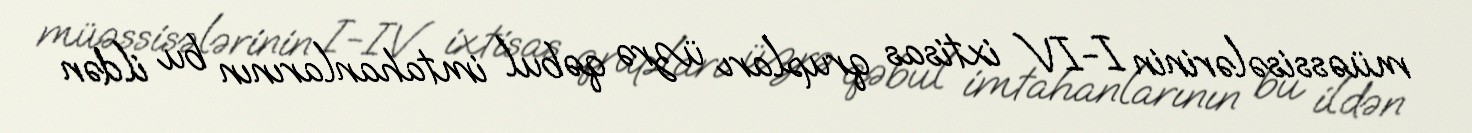
müəssisələrinin I-IV ixtisas qrupları üzrə qəbul imtahanlarının bu ildən